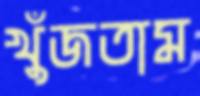
খুঁজতাম